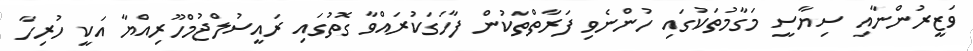
ވަޒީރުންނާއި ސިޔާސީ މަގާމުތަކުގައި ހުންނެވި ފަރާތްތަކުން ފާހަގަކުރައްވާ ގޮތުގައި ރައީސުލްޖުމްހޫރިއްޔާ އަކީ ހުރިހާ